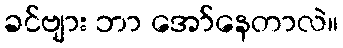
ခင်ဗျား ဘာ အော်နေတာလဲ။